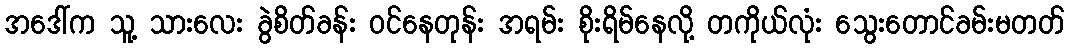
အဒေါ်က သူ့ သားလေး ခွဲစိတ်ခန်း ဝင်နေတုန်း အရမ်း စိုးရိမ်နေလို့ တကိုယ်လုံး သွေးတောင်ခမ်းမတတ်